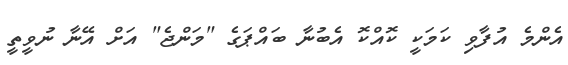
އެންމެ އުފާވި ކަމަކީ ކޮއްކޮ އެބުނާ ބައްޕަގެ "މަންޖެ" އަށް އޭނާ ނުވީތީ